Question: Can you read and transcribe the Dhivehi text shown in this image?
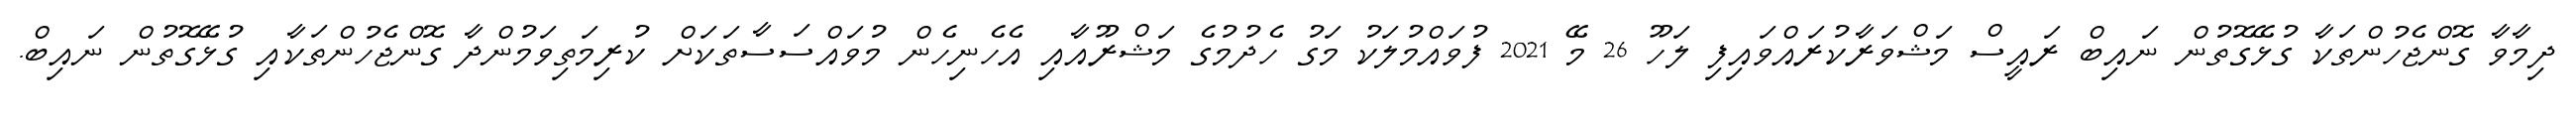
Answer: ދިމާވާ ގޮންޖެހުންތަކާ ގުޅޭގޮތުން ނައިބް ރައީސް މަޝްވަރާކުރައްވައިފި ލަހޫ 26 މޭ 2021 ފުވައްމުލަކު މަގު ހެދުމުގެ މަޝްރޫއާއި އެހެނިހެން މުވައްސަސާތަކަށް ކުރިމަތިވަމުންދާ ގޮންޖެހުންތަކާއި ގުޅޭގޮތުން ނައިބް.